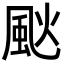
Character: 𩖧